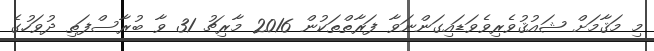
މި މަޤާމަށް ޝައުޤުވެރިވެވަޑައިގަންނަވާ ފަރާތްތަކުން 2016 މާރިޗު 31 ވާ ބުރާސްފަތި ދުވަހުގެ